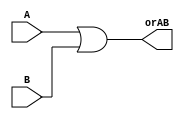
`timescale 1ns / 1ps
//////////////////////////////////////////////////////////////////////////////////
// Company: 
// 
// Design Name: 
// Module Name: or4bits
// Project Name: 
// Target Devices: 
// Tool Versions: 
// Description: 
// 
// Dependencies: 
// 
// Revision:
// Revision 0.01 - File Created
// Additional Comments:
// 
//////////////////////////////////////////////////////////////////////////////////

//delcare inputs and outputs
module or4bits(
    input [3:0] A,
    input [3:0] B,
    output [3:0] orAB
    );
    
//assign bitwise operator for OR
    assign orAB = A | B;
    
endmodule